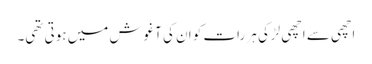
اچھی سے اچھی لڑکی ہر رات کو ان کی آغوش میں ہوتی تھی۔